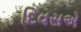
દિવસએ